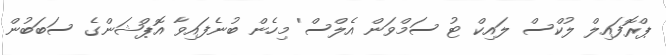
ޕްރޮފައިލް ލުކްސް ލައިކް ޓު ސަމްވަން އެލްސް' މިހެން ބުނެފައިވާ އޮޕްޝަންގެ ސަބަބުން